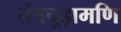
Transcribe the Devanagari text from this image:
तंत्रचूड़ामणि